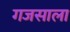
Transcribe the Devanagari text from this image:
गजसाला